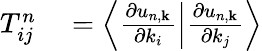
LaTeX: \begin{array}{rl}{T_{ij}^{n}}&{{}=\Big\langle\frac{\partial u_{n,\mathbf{k}}}{\partial k_{i}}\Big|\frac{\partial u_{n,\mathbf{k}}}{\partial k_{j}}\Big\rangle}\end{array}